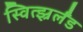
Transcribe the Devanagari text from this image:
स्वित्झ्रर्लँड